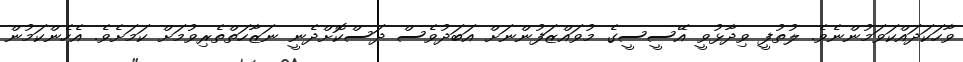
ވާހަކަދައްކަވަމުންނެވެ. ލުތުފީ ވިދާޅުވީ އޭސީސީގެ މުވައްޒަފުންނަށް އަބަދުވެސް ދަސްކޮށްދެނީ ނަޒާހަތްތެރިވުމަށް ކަމަށެވެ. އެހެންކަމުން